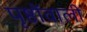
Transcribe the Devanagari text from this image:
पृष्ठोंवाली